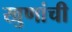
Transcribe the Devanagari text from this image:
खुणांची